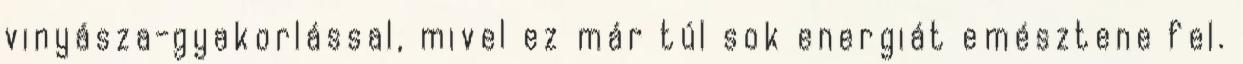
vinyásza-gyakorlással, mivel ez már túl sok energiát emésztene fel.